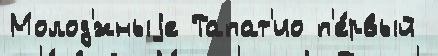
Молод'́жныjе Тапат'ио п'е́рвый